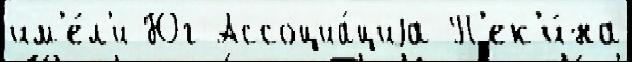
им'е́л'и Юг Ассоциа́циjа П'ек'и́на